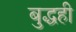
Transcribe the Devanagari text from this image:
बुद्धही